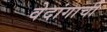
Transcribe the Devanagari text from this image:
वेदांगाची